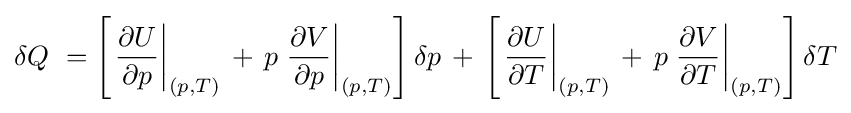
\delta Q\ =\left[\left.{\frac {\partial U}{\partial p}}\right|_{(p,T)}\,+\,p\left.{\frac {\partial V}{\partial p}}\right|_{(p,T)}\right]\delta p\,+\,\left[\left.{\frac {\partial U}{\partial T}}\right|_{(p,T)}\,+\,p\left.{\frac {\partial V}{\partial T}}\right|_{(p,T)}\right]\delta T